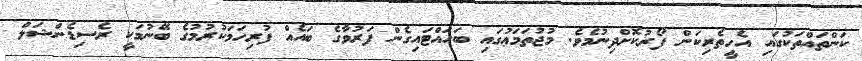
ކަންތައްތަކުގައި އެހީތެރިކަން ފޯރުކޮށްދިނުމެވެ. މުޖުތަމަޢުގައި ބަހައްޓައިގެން ފަރުވާގެ ބައެއް ފުރިހަމަކުރުމުގެ ބޭނުމަކީ ރެސިޑެންޝަލް